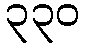
၃၃၀